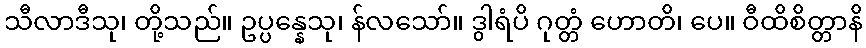
သီလာဒီသု၊ တို့သည်။ ဥပ္ပန္နေသု၊ န်လသော်။ ဒွါရံပိ ဂုတ္တံ ဟောတိ၊ ပေ။ ဝီထိစိတ္တာနိ